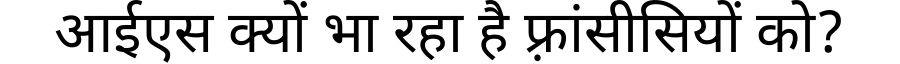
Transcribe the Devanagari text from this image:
आईएस क्यों भा रहा है फ़्रांसीसियों को?